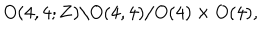
O ( 4 , 4 ; { \bf Z } ) \backslash O ( 4 , 4 ) / O ( 4 ) \times O ( 4 ) ,